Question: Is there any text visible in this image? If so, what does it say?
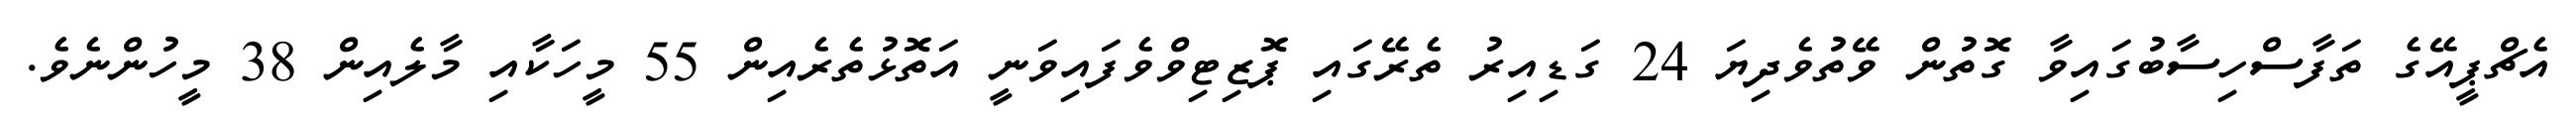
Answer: އެޗްޕީއޭގެ ތަފާސްހިސާބުގައިވާ ގޮތުން ވޭތުވެދިޔަ 24 ގަޑިއިރު ތެރޭގައި ޕޮޒިޓިވްވެފައިވަނީ އަތޮޅުތެރެއިން 55 މީހަކާއި މާލެއިން 38 މީހުންނެވެ.